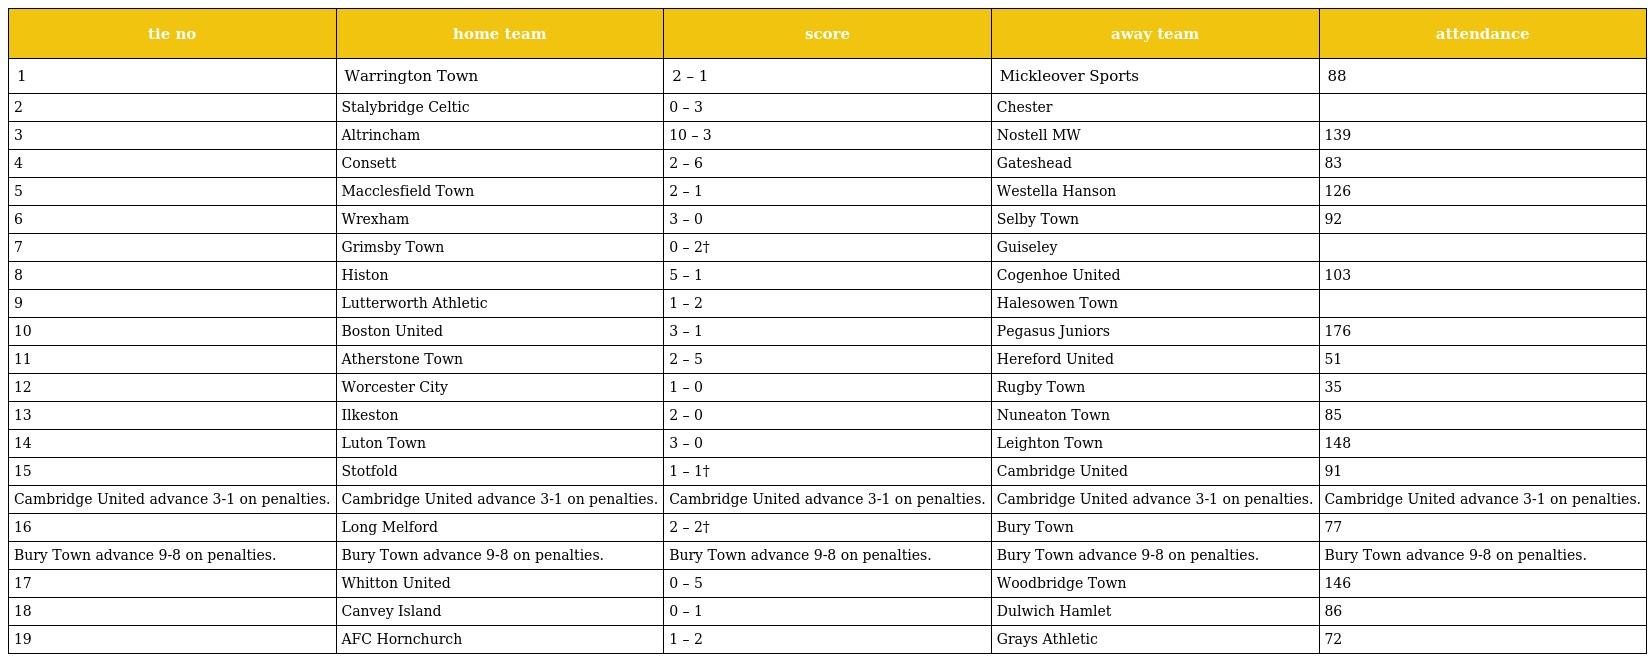
| tie no | home team | score | away team | attendance |
 | --- | --- | --- | --- | --- |
 | 1 | Warrington Town | 2 – 1 | Mickleover Sports | 88 |
 | 2 | Stalybridge Celtic | 0 – 3 | Chester |  |
 | 3 | Altrincham | 10 – 3 | Nostell MW | 139 |
 | 4 | Consett | 2 – 6 | Gateshead | 83 |
 | 5 | Macclesfield Town | 2 – 1 | Westella Hanson | 126 |
 | 6 | Wrexham | 3 – 0 | Selby Town | 92 |
 | 7 | Grimsby Town | 0 – 2† | Guiseley |  |
 | 8 | Histon | 5 – 1 | Cogenhoe United | 103 |
 | 9 | Lutterworth Athletic | 1 – 2 | Halesowen Town |  |
 | 10 | Boston United | 3 – 1 | Pegasus Juniors | 176 |
 | 11 | Atherstone Town | 2 – 5 | Hereford United | 51 |
 | 12 | Worcester City | 1 – 0 | Rugby Town | 35 |
 | 13 | Ilkeston | 2 – 0 | Nuneaton Town | 85 |
 | 14 | Luton Town | 3 – 0 | Leighton Town | 148 |
 | 15 | Stotfold | 1 – 1† | Cambridge United | 91 |
 | Cambridge United advance 3-1 on penalties. | Cambridge United advance 3-1 on penalties. | Cambridge United advance 3-1 on penalties. | Cambridge United advance 3-1 on penalties. | Cambridge United advance 3-1 on penalties. |
 | 16 | Long Melford | 2 – 2† | Bury Town | 77 |
 | Bury Town advance 9-8 on penalties. | Bury Town advance 9-8 on penalties. | Bury Town advance 9-8 on penalties. | Bury Town advance 9-8 on penalties. | Bury Town advance 9-8 on penalties. |
 | 17 | Whitton United | 0 – 5 | Woodbridge Town | 146 |
 | 18 | Canvey Island | 0 – 1 | Dulwich Hamlet | 86 |
 | 19 | AFC Hornchurch | 1 – 2 | Grays Athletic | 72 |